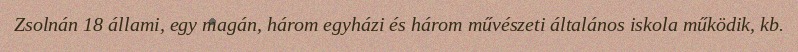
Zsolnán 18 állami, egy magán, három egyházi és három művészeti általános iskola működik, kb.